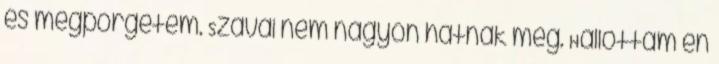
és megpörgetem. Szavai nem nagyon hatnak meg. Hallottam én